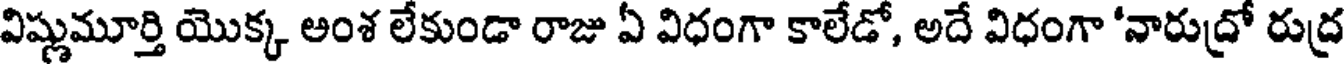
విష్ణుమూర్తి యొక్క ఆంశ లేకుండా రాజు ఏ విధంగా కాలేడో, అదే విధంగా 'నారుద్రో రుద్ర